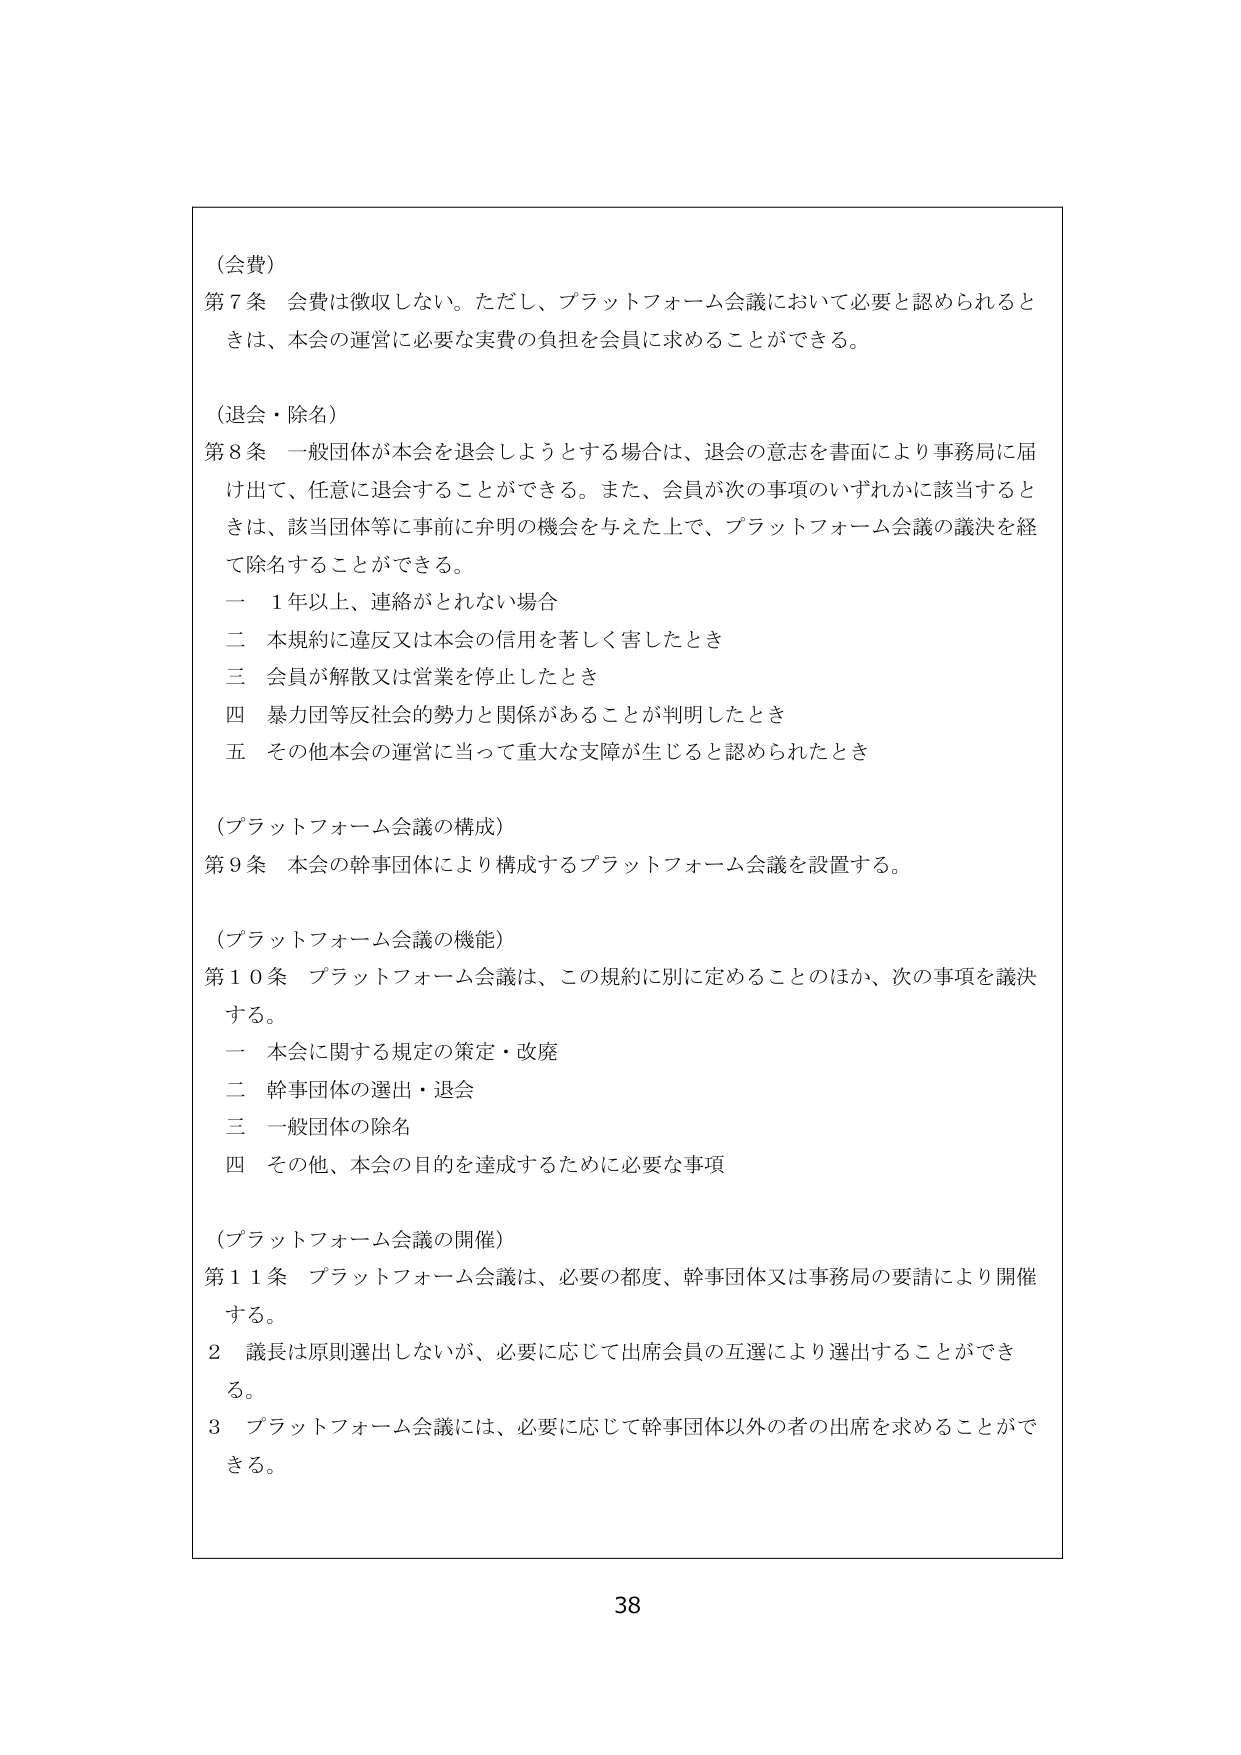
（会費）
第７条 会費は徴収しない。ただし、プラットフォーム会議において必要と認められるときは、本会の運営に必要な実費の負担を会員に求めることができる。

（退会・除名）
第８条 一般団体が本会を退会しようとする場合は、退会の意志を書面により事務局に届け出て、任意に退会することができる。また、会員が次の事項のいずれかに該当するときは、該当団体等に事前に弁明の機会を与えた上で、プラットフォーム会議の議決を経て除名することができる。
　一 １年以上、連絡がとれない場合
　二 本規約に違反又は本会の信用を著しく害したとき
　三 会員が解散又は営業を停止したとき
　四 暴力団等反社会的勢力と関係があることが判明したとき
　五 その他本会の運営に当って重大な支障が生じると認められたとき

（プラットフォーム会議の構成）
第９条 本会の幹事団体により構成するプラットフォーム会議を設置する。

（プラットフォーム会議の機能）
第10条 プラットフォーム会議は、この規約に別に定めることのほか、次の事項を議決する。
　一 本会に関する規定の策定・改廃
　二 幹事団体の選出・退会
　三 一般団体の除名
　四 その他、本会の目的を達成するために必要な事項

（プラットフォーム会議の開催）
第11条 プラットフォーム会議は、必要の都度、幹事団体又は事務局の要請により開催する。
　２ 議長は原則選出しないが、必要に応じて出席会員の互選により選出することができる。
　３ プラットフォーム会議には、必要に応じて幹事団体以外の者の出席を求めることができる。

38